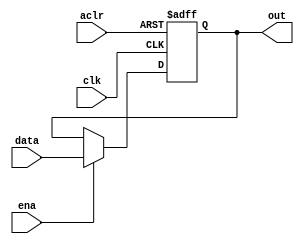
module register_N_bits_ena_aclr #(parameter N =8)
											(input clk, aclr, ena,
											input wire[N-1:0] data,
											output reg [N-1:0] out);
						
	always @(posedge clk, posedge aclr)
		if(aclr) out <= 0;
		else if (ena) out <= data;
		else out <= out;
	
endmodule